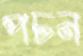
পচন